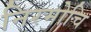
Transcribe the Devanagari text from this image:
निरमोचि